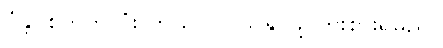
ပုံနှိပ်စက်တလုံး ကိုယ်ပိုင်ဝယ်နိုင်ဖို့ ကြိုးစားရမည်။